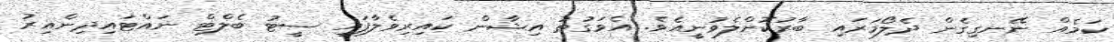
ކަމެއް ނޭނގިގެން ދެލޯމަރައި ބާރުކޮށްލެވުނީއެވެ. އެވަގުތު އިޝާން ކައިރިވެލާފައި ސީޓު ބެލްޓް ނައްޓައިދިންއިރު